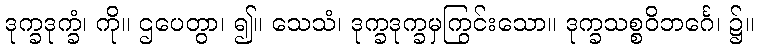
ဒုက္ခဒုက္ခံ၊ ကို။ ဌပေတွာ၊ ၍။ သေသံ၊ ဒုက္ခဒုက္ခမှကြွင်းသော။ ဒုက္ခသစ္စဝိဘင်္ဂေ၊ ၌။